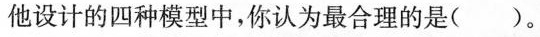
他设计的四种模型中，你认为最合理的是（）。